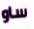
ساو